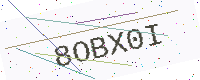
Text: 8OBX0I